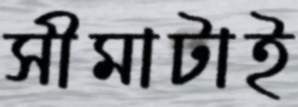
সীমাটাই